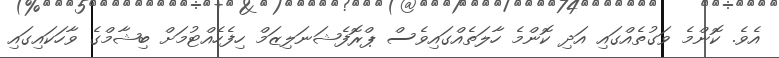
އެވެ. ކޮންމެ ވަގުތެއްގައި އަދި ކޮންމެ ހާލަތެއްގައިވެސް ޕްރޮފެޝަނަލިޒަމް ހިފެހެއްޓުމަށް ބިޝާމްގެ ވާހަކައިގައި